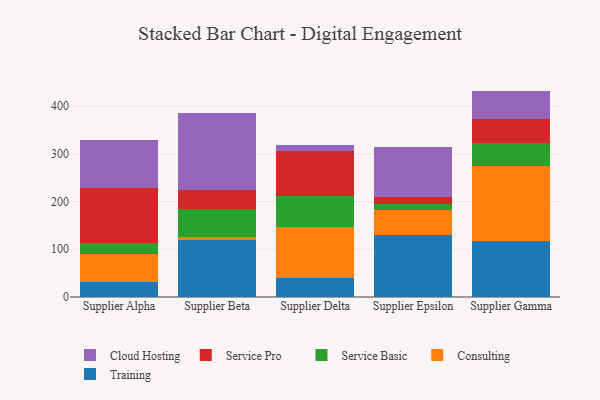
{"axis": {"x": "Supplier", "y": "Churn Rate (%)"}, "legend": ["Cloud Hosting", "Consulting", "Service Basic", "Service Pro", "Training"], "data": [{"x": "Supplier Alpha", "y": 31.8, "type": "Training"}, {"x": "Supplier Alpha", "y": 57.3, "type": "Consulting"}, {"x": "Supplier Alpha", "y": 24.5, "type": "Service Basic"}, {"x": "Supplier Alpha", "y": 113.8, "type": "Service Pro"}, {"x": "Supplier Alpha", "y": 101.4, "type": "Cloud Hosting"}, {"x": "Supplier Beta", "y": 119.7, "type": "Training"}, {"x": "Supplier Beta", "y": 5.5, "type": "Consulting"}, {"x": "Supplier Beta", "y": 60.0, "type": "Service Basic"}, {"x": "Supplier Beta", "y": 38.7, "type": "Service Pro"}, {"x": "Supplier Beta", "y": 161.1, "type": "Cloud Hosting"}, {"x": "Supplier Delta", "y": 40.6, "type": "Training"}, {"x": "Supplier Delta", "y": 105.1, "type": "Consulting"}, {"x": "Supplier Delta", "y": 66.2, "type": "Service Basic"}, {"x": "Supplier Delta", "y": 93.6, "type": "Service Pro"}, {"x": "Supplier Delta", "y": 12.4, "type": "Cloud Hosting"}, {"x": "Supplier Epsilon", "y": 128.9, "type": "Training"}, {"x": "Supplier Epsilon", "y": 53.8, "type": "Consulting"}, {"x": "Supplier Epsilon", "y": 11.5, "type": "Service Basic"}, {"x": "Supplier Epsilon", "y": 14.5, "type": "Service Pro"}, {"x": "Supplier Epsilon", "y": 106.4, "type": "Cloud Hosting"}, {"x": "Supplier Gamma", "y": 118.4, "type": "Training"}, {"x": "Supplier Gamma", "y": 155.1, "type": "Consulting"}, {"x": "Supplier Gamma", "y": 48.3, "type": "Service Basic"}, {"x": "Supplier Gamma", "y": 50.3, "type": "Service Pro"}, {"x": "Supplier Gamma", "y": 59.9, "type": "Cloud Hosting"}]}